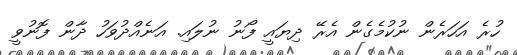
ހުރެ އަހަރެން ނުކުމެގެން އެރޭ ދިޔައީ ފޯނު ނުލައި. އަނެއްދުވަހު ދާން ފޮނުވީ